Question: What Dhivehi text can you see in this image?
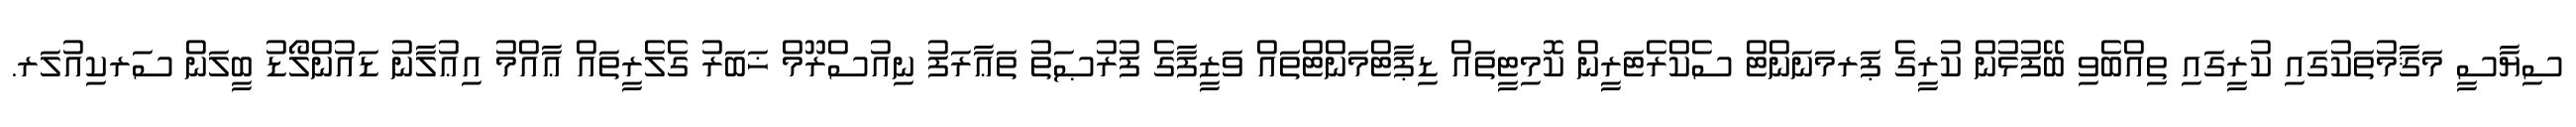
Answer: ސިޔާސީ މަޤާމުތަކުގައި ކުރީގައި ތިއްބެވި ބޭފުޅުން ކުރީގެ ޕަރމަނަންޓް ސެކްރެޓަރީން ކޮމިޓީތައް ޑިޕާޓްމަންޓްތައް ވަޒީފާގެ ފުރުޞަތު ތަޢާރަފު ނިއުސްރޫމް ޚަބަރު ގެލެރީތައް ޢާއްމު އިޢުލާނު ޑައުންލޯޑު ބީލަން ސަރކިއުލަރ.